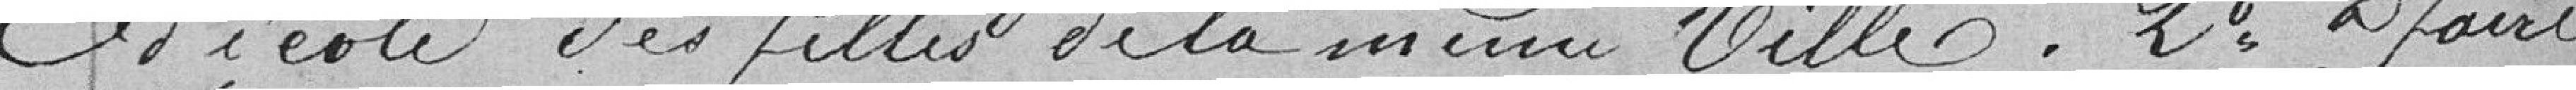
d'école des filles de la même ville. Deuxièmement, à faire